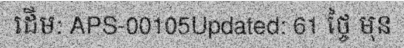
ដើម: APS-00105Updated: 61 ថ្ចៃ មុន